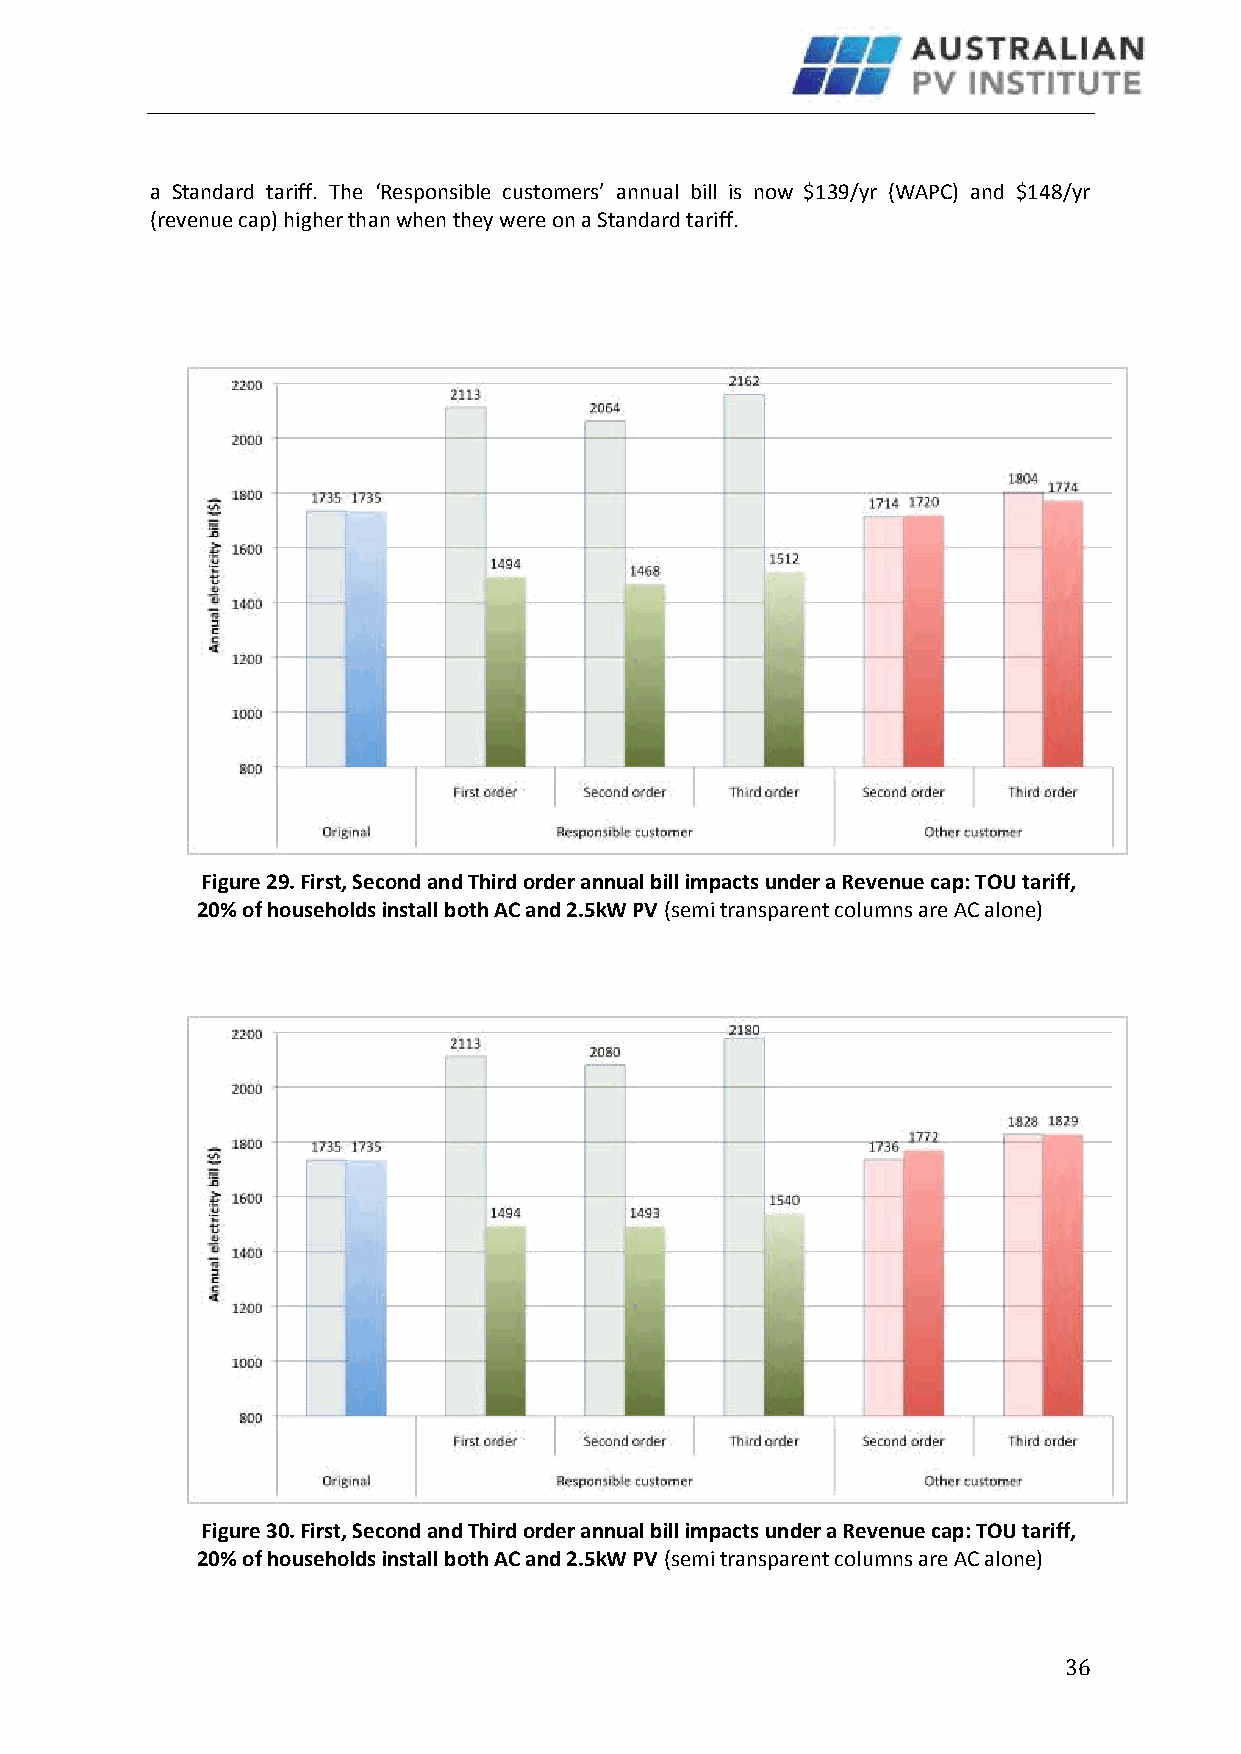
a Standard tariff. The ‘Responsible customers’ annual bill is now $139/yr (WAPC) and $148/yr
 (revenue cap) higher than when they were on a Standard tariff.
 Figure 29. First, Second and Third order annual bill impacts under a Revenue cap: TOU tariff,
 20% of households install both AC and 2.5kW PV (semi transparent columns are AC alone)
 Figure 30. First, Second and Third order annual bill impacts under a Revenue cap: TOU tariff,
 20% of households install both AC and 2.5kW PV (semi transparent columns are AC alone)
 36